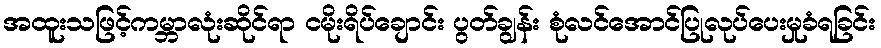
အထူးသဖြင့်ကမ္ဘာလုံးဆိုင်ရာ ငမိုးရိပ်ချောင်း ပွတ်ချွန်း စုံလင်အောင်ပြုလုပ်ပေးမှုခံရခြင်း